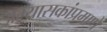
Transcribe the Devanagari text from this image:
अभ्यासकांप्रमाणे